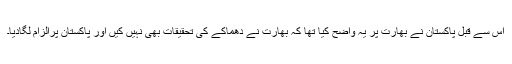
اس سے قبل پاکستان نے بھارت پر یہ واضح کیا تھا کہ بھارت نے دھماکے کی تحقیقات بھی نہیں کیں اور پاکستان پرالزام لگادیا۔